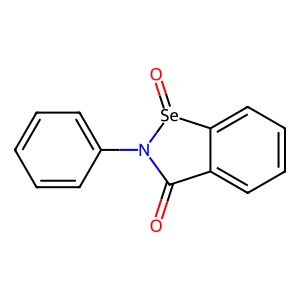
SMILES: O=C1c2ccccc2[Se](=O)N1c1ccccc1
Inhibits HIV replication: Yes